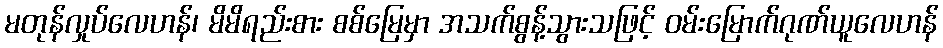
မတုန်လှုပ်လေဟန်၊ မိမိရည်းစား စစ်မြေမှာ အသက်စွန့်သွားသဖြင့် ဝမ်းမြောက်ဂုဏ်ယူလေဟန်